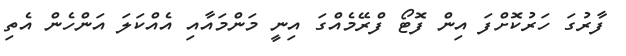
ފާރުގަ ހަރުކޮށްފަ އިން ފޮޓޯ ފްރޭމެއްގަ އިނީ މަންމައާއި އެއްކަލަ އަންހެން އެތި